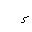
Letter: _hamza